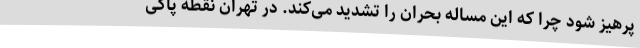
پرهیز شود چرا که این مساله بحران را تشدید می‌کند. در تهران نقطه پاکی